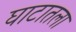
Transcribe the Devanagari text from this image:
घाटातला